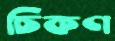
চিকণ